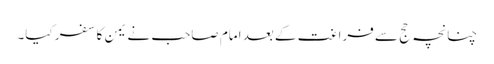
چنانچہ حج سے فراغت کے بعد امام صاحب نے یمن کا سفر کیا۔